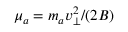
\mu _ { a } = m _ { a } v _ { \perp } ^ { 2 } / ( 2 B )